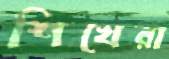
শিখেরা